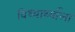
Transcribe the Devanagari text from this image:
विध्यार्थ्याला